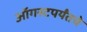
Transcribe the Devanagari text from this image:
ऑगस्टपर्यंतचे